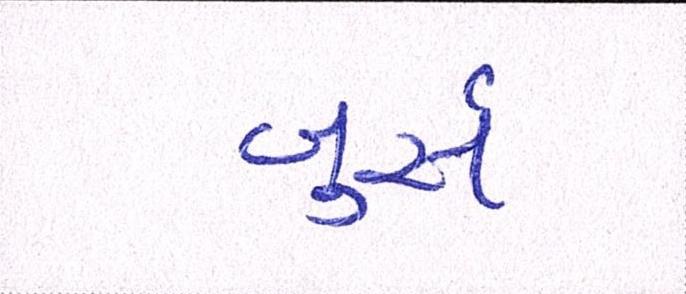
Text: બુર્સ